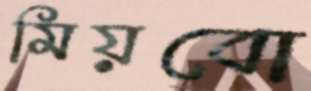
মিয়বো